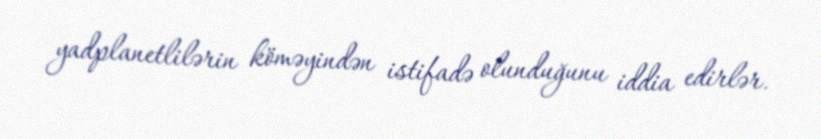
yadplanetlilərin köməyindən istifadə olunduğunu iddia edirlər.